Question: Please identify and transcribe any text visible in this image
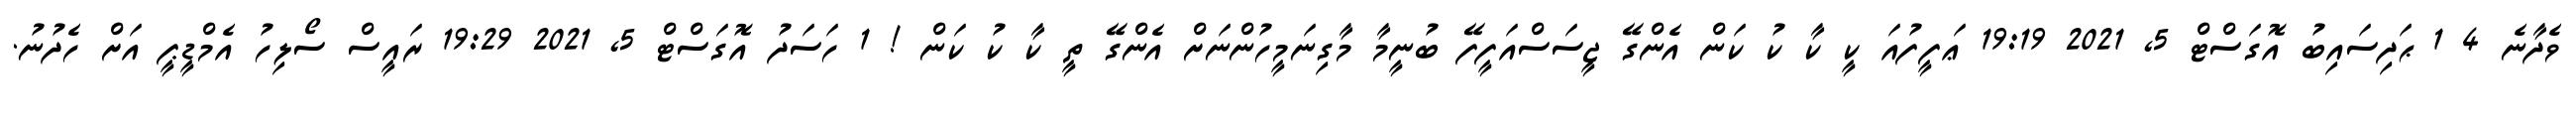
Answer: ވެދާނެ 4 1 ޙަދިސައިބު އޮގަސްޓް 5, 2021 19:19 ޢަފީފުއަ ކީ ކާ ކު ކަން އެންގޭ ޖީސަސްއަފީފޭ ބުނީމާ މާގިނަމީހުންނަށް އެންގޭ ތީ ކާ ކު ކަން ! 1 ހަސަދު އޮގަސްޓް 5, 2021 19:29 ރައީސް ސޯލިހު އެމްޑީޕީ އަށް ހެދުނު.